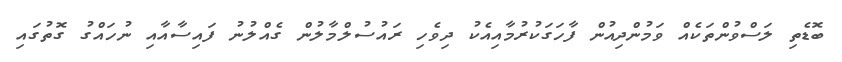
ބޮޑެތި ލަސްވުންތަކެއް ވަމުންދިއުން ފާހަގަކުރުމާއިއެކު ދިވެހި ރައުސުލްމާލުން ގެއްލުނު ފައިސާއާއި ނުހައްގު ގޮތުގައި